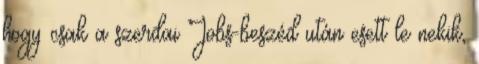
hogy csak a szerdai Jobs-beszéd után esett le nekik,